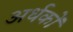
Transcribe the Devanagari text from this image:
अर्धकों